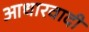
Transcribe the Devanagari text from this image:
आधारवादी